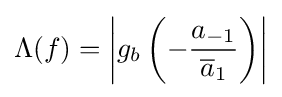
\Lambda (f)=\left|g_{b}\left(-{a_{-1} \over {\overline {a}}_{1}}\right)\right|